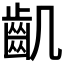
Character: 𪗗